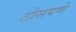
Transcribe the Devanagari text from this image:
ठोसपणे